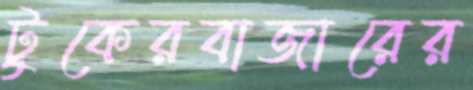
টুকেরবাজারের